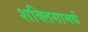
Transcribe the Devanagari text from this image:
शक्तिसामर्थ